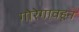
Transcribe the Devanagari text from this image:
गोरेगावहून